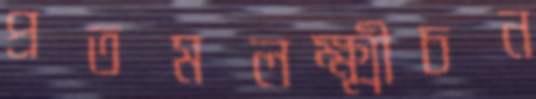
প্রতমলক্ষ্মীচন